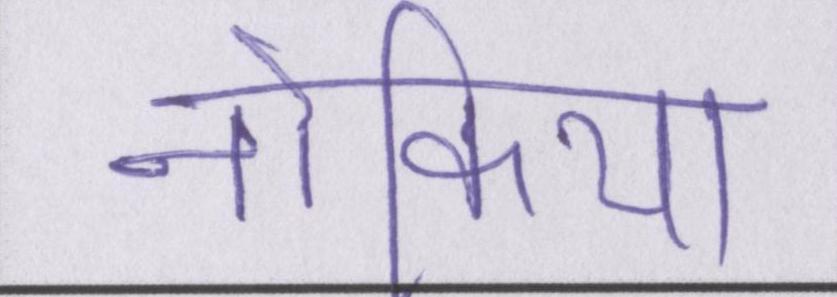
नोकिया